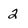
Character: 2